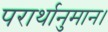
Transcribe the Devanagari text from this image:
परार्थानुमान।